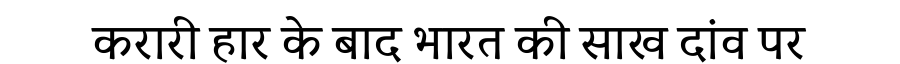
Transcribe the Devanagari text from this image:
करारी हार के बाद भारत की साख दांव पर